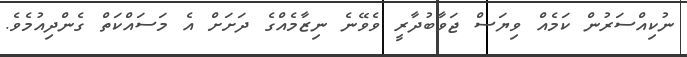
ނުކިއްސަރުން ކަމެއް ވިޔަސް ޖަވާބުދާރީ ވެވޭނެ ނިޒާމެއްގެ ދަށަށް އެ މަސައްކަތް ގެންދިއުމެވެ.